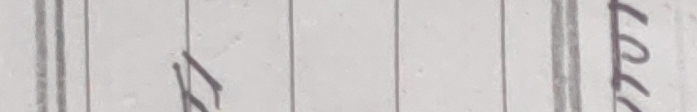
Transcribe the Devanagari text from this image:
७०